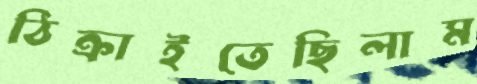
ঠিক্‌রাইতেছিলাম